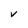
Character: V